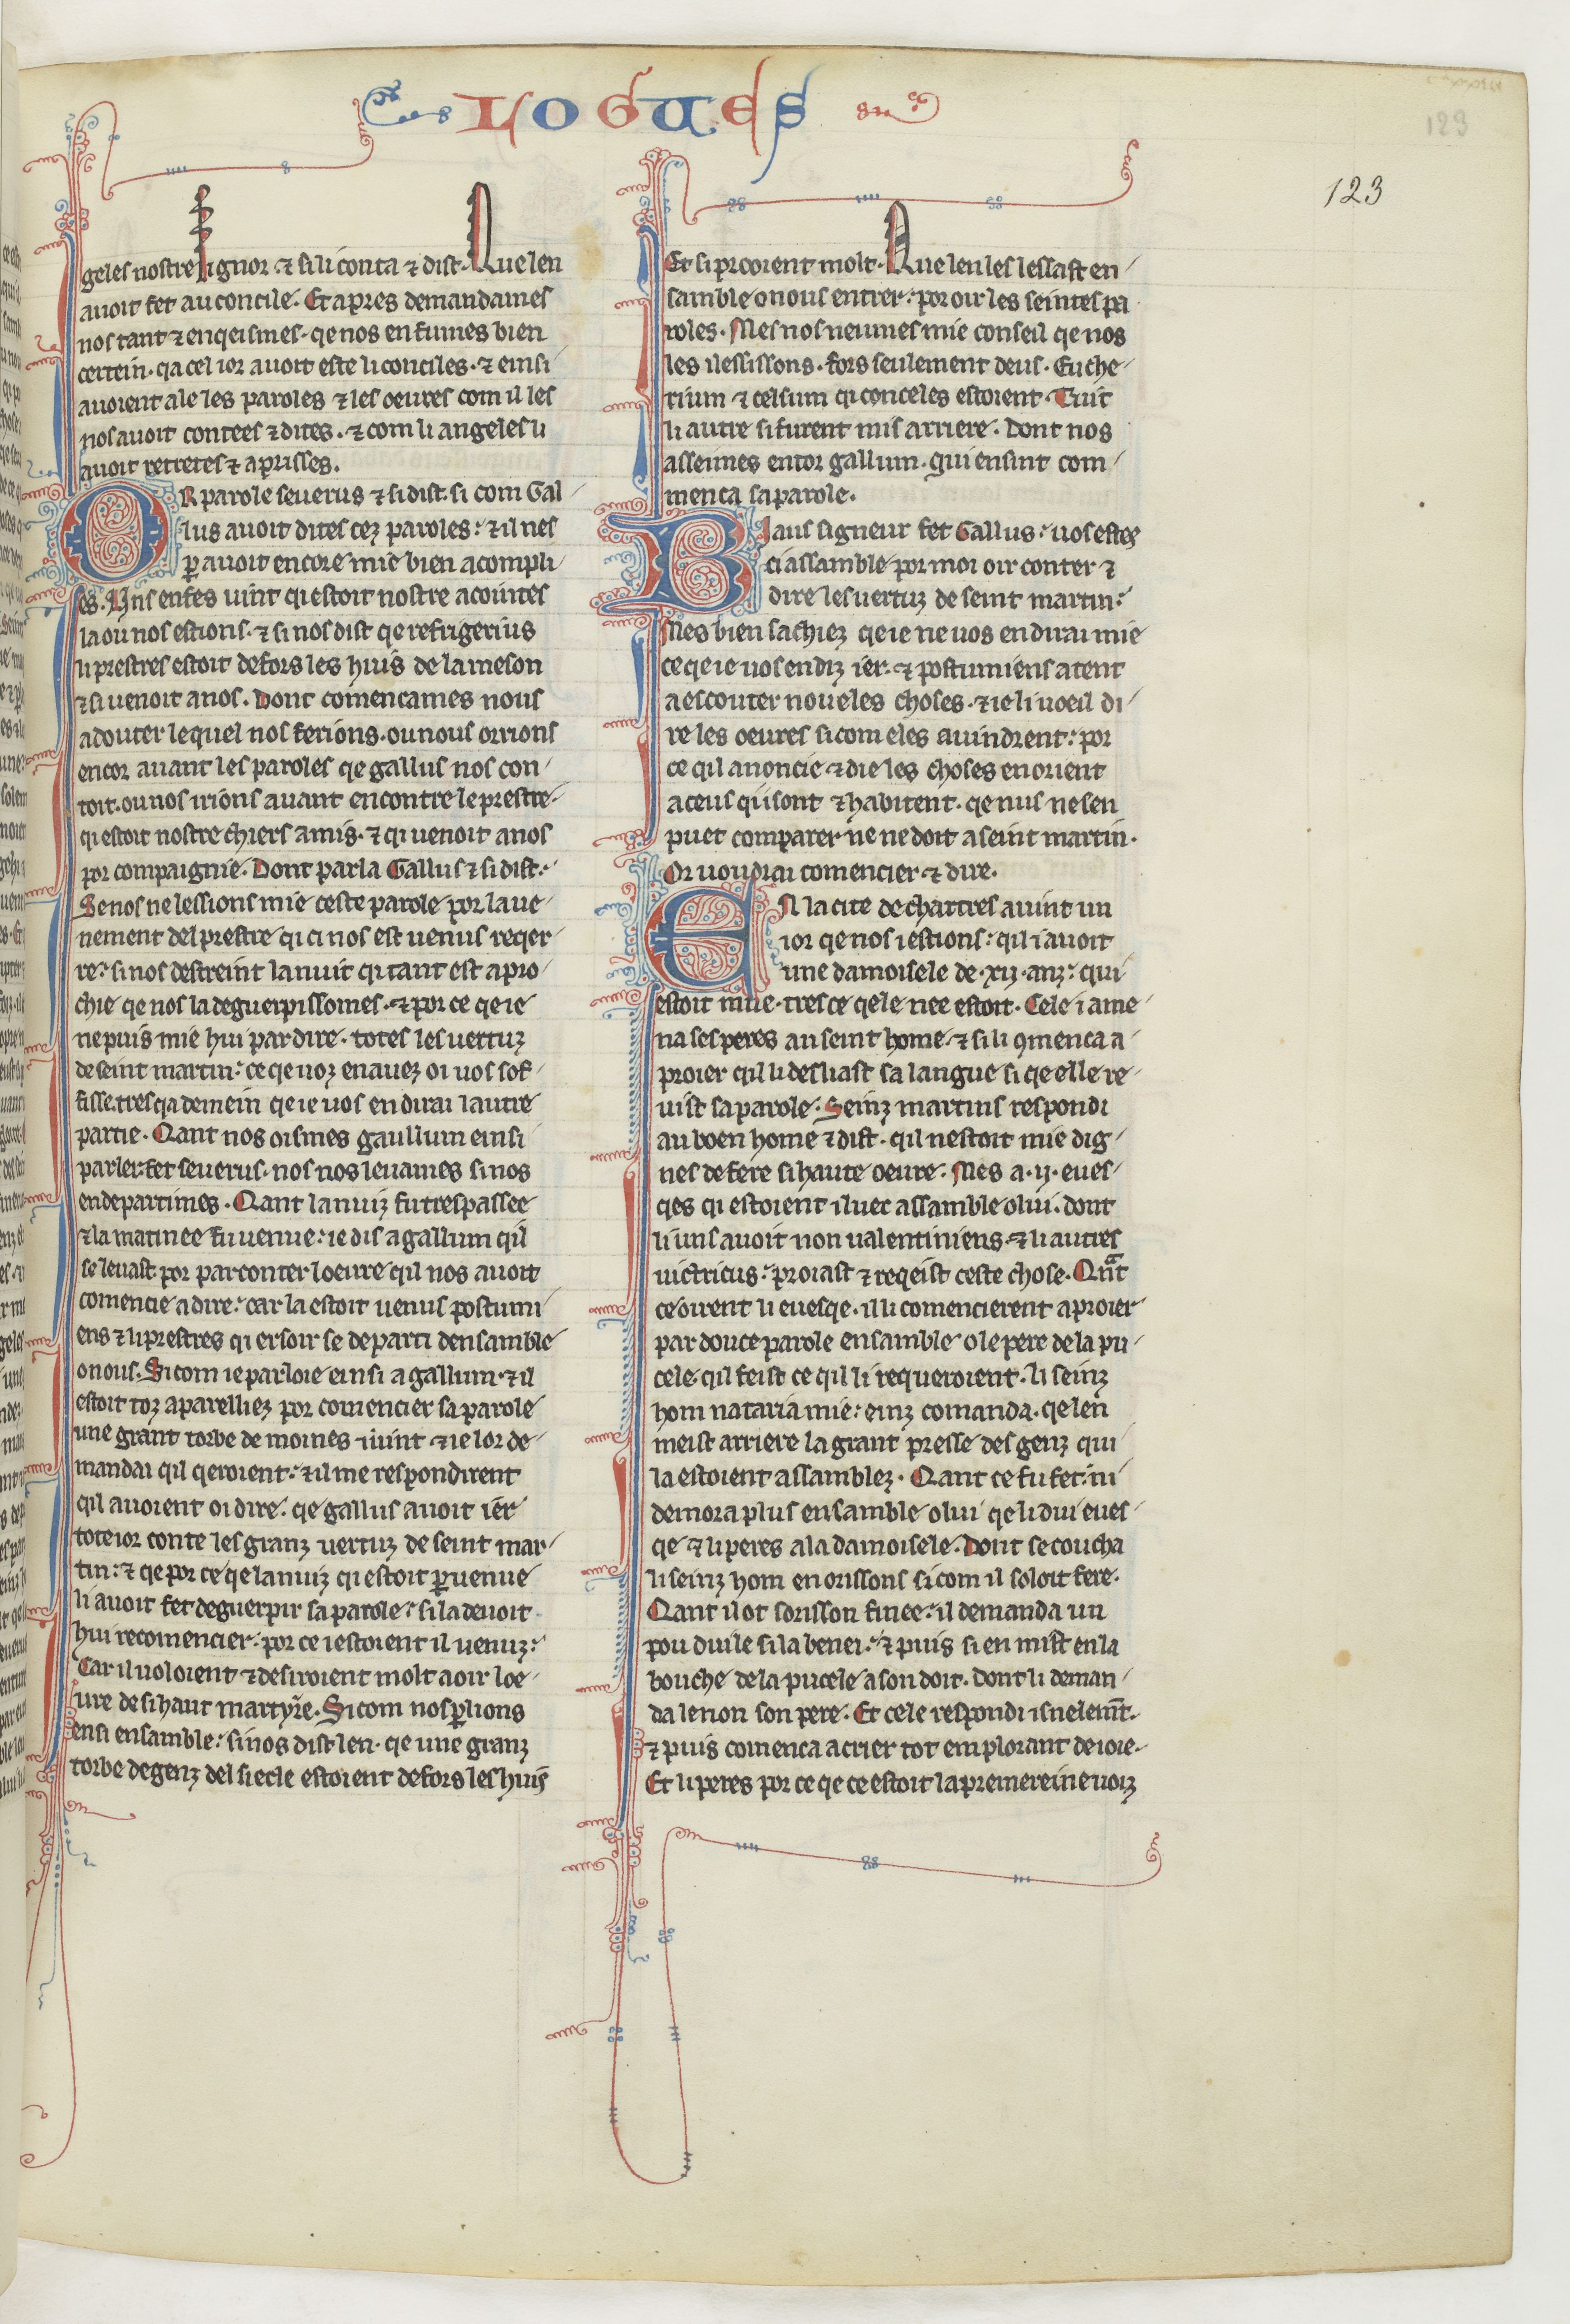
Shelfmark: Paris, BnF, fr. 412
Century: 13